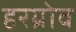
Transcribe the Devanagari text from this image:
हरग्रोव